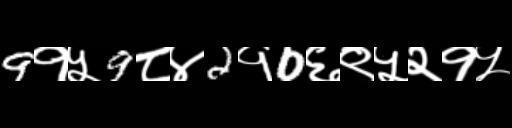
Text: 9१५9८४2१0६९५२१५